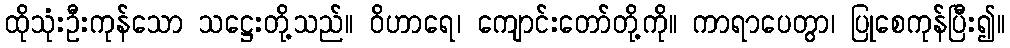
ထိုသုံးဦးကုန်သော သဋ္ဌေးတို့သည်။ ဝိဟာရေ၊ ကျောင်းတော်တို့ကို။ ကာရာပေတွာ၊ ပြုစေကုန်ပြီး၍။